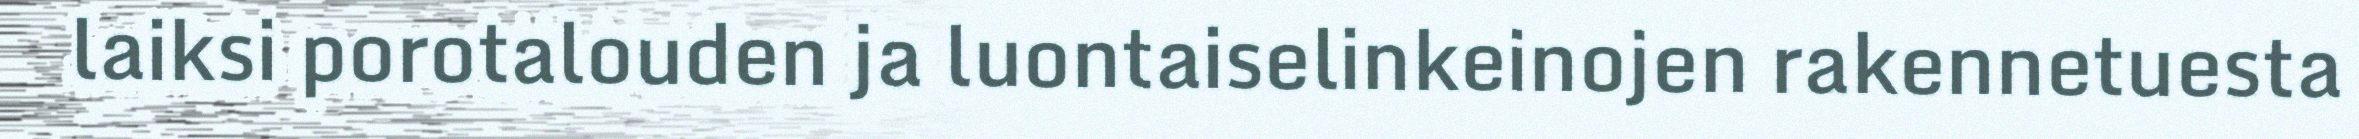
laiksi porotalouden ja luontaiselinkeinojen rakennetuesta